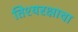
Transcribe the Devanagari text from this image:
तिश्यरक्षाचा